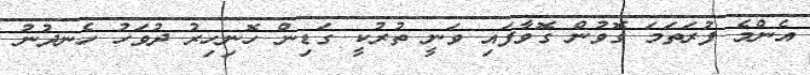
އެންމެ ފުރަތަމަ ގޮވުން ގޮވާފައި ވަނީ ތުރުކީ ގަޑިން ހޮނިހިރު ދުވަހު ހެނދުނު